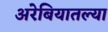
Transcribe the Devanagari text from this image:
अरेबियातल्या